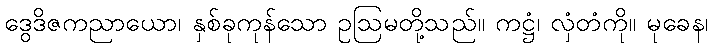
ဒွေဒိဇကညာယော၊ နှစ်ခုကုန်သော ဥဩမတို့သည်။ ကဋ္ဌံ၊ လှံတံကို။ မုခေန၊